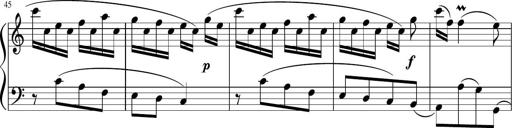
Title: 12 Keyboard Sonatinas
Composer: James Hook